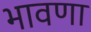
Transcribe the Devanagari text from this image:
भावणा